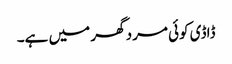
ڈاڈی کوئی مرد گھر میں ہے۔